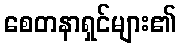
စေတနာရှင်များ၏